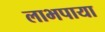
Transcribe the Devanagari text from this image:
लाभपाया